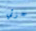
جزئي